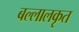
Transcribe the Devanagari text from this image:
बल्लालकृत